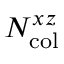
N _ { \mathrm { c o l } } ^ { x z }